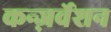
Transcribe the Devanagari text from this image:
कन्ज़र्वेशन